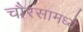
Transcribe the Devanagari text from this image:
चौरसामध्ये